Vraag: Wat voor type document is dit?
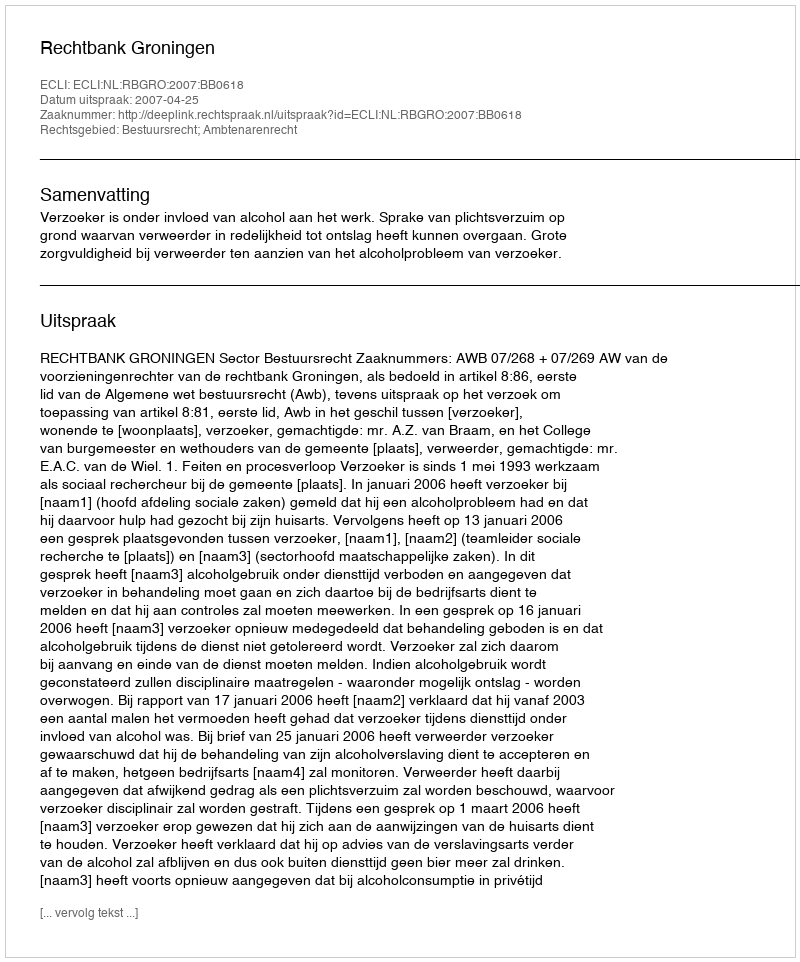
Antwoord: Uitspraak